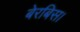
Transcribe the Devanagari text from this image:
बेरबिस।